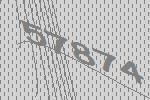
57874